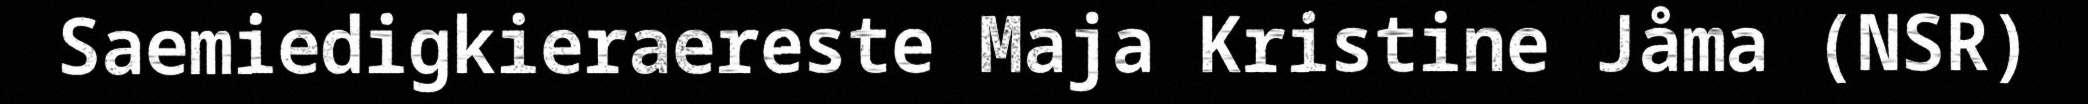
Saemiedigkieraereste Maja Kristine Jåma (NSR)